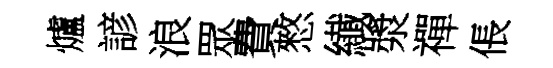
爐諺浪眾費憗纎漿禪倀